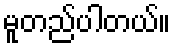
မူတည်ပါတယ်။